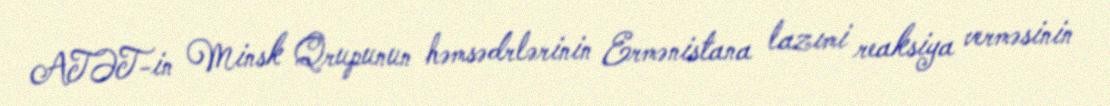
ATƏT-in Minsk Qrupunun həmsədrlərinin Ermənistana lazımi reaksiya verməsinin